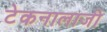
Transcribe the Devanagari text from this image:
टेकनालाजी